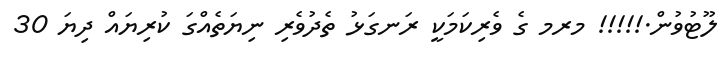
ލޫޓުވުން.!!!!! މރމ ގެ ވެރިކަމަކީ ރަނގަޅު ތެދުވެރި ނިޔަތެއްގަ ކުރިޔައް ދިޔަ 30